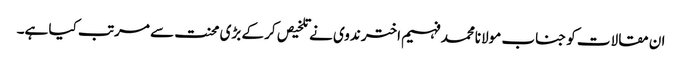
ان مقالات کو جناب مولانامحمد فہیم اختر ندوی نے تلخیص کر کے بڑی محنت سے مرتب کیا ہے۔